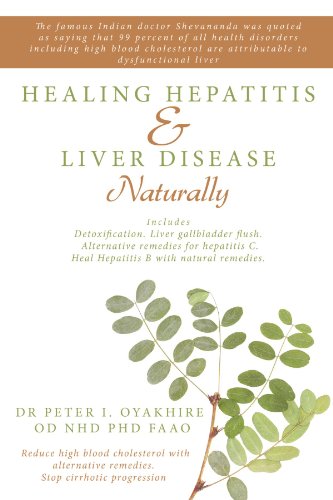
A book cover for Healing Hepatitis and Liver Disease Naturally: Detoxification. Liver gall bladder flush & Cleanse. Cure Hepatitis C and Hepatitis B. Lower blood cholesterol and stop cirrhosis; Peter Oyakhire; Health, Fitness & Dieting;